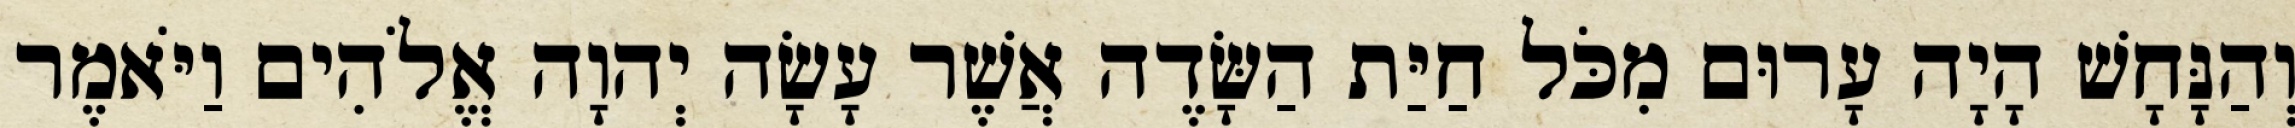
וְהַנָּחָשׁ הָיָה עָרוּם מִכֹּל חַיַּת הַשָּׂדֶה אֲשֶׁר עָשָׂה יְהוָה אֱלֹהִים וַיֹּאמֶר